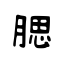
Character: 腮